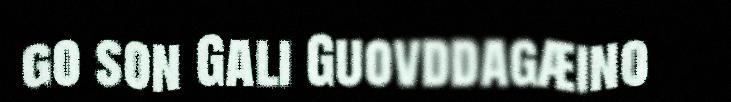
go son Gali Guovddagæino